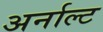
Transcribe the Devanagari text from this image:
अर्नाल्ट